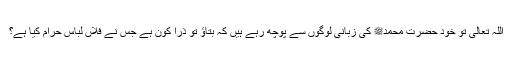
اللہ تعالیٰ تو خود حضرت محمدﷺ کی زبانی لوگوں سے پوچھ رہے ہیں کہ بتاؤ تو ذرا کون ہے جس نے فلاں لباس حرام کیا ہے؟